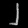
Digit: ၂